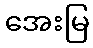
အေးမြ